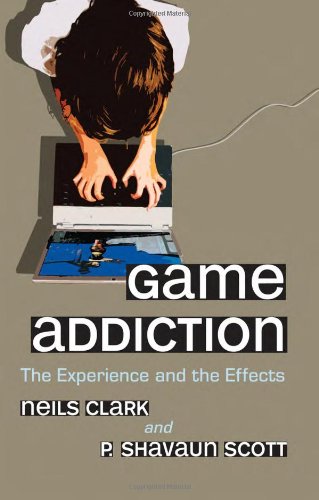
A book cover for Game Addiction: The Experience and the Effects; Neils Clark; Health, Fitness & Dieting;